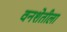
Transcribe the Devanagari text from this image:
वनशेतीला